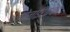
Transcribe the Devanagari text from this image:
पोलाईटेकबोट